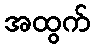
အထွက်